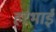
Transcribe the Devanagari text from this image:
हरभाई